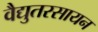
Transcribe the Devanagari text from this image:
वैद्युतरसायन